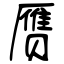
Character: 赝